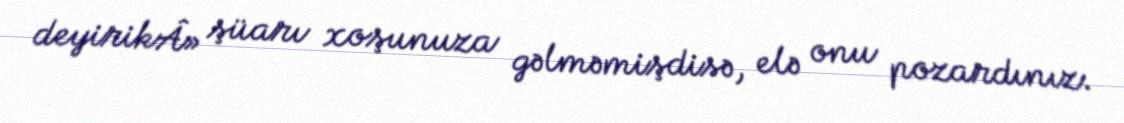
deyirikÂ» şüarı xoşunuza gəlməmişdisə, elə onu pozardınız.